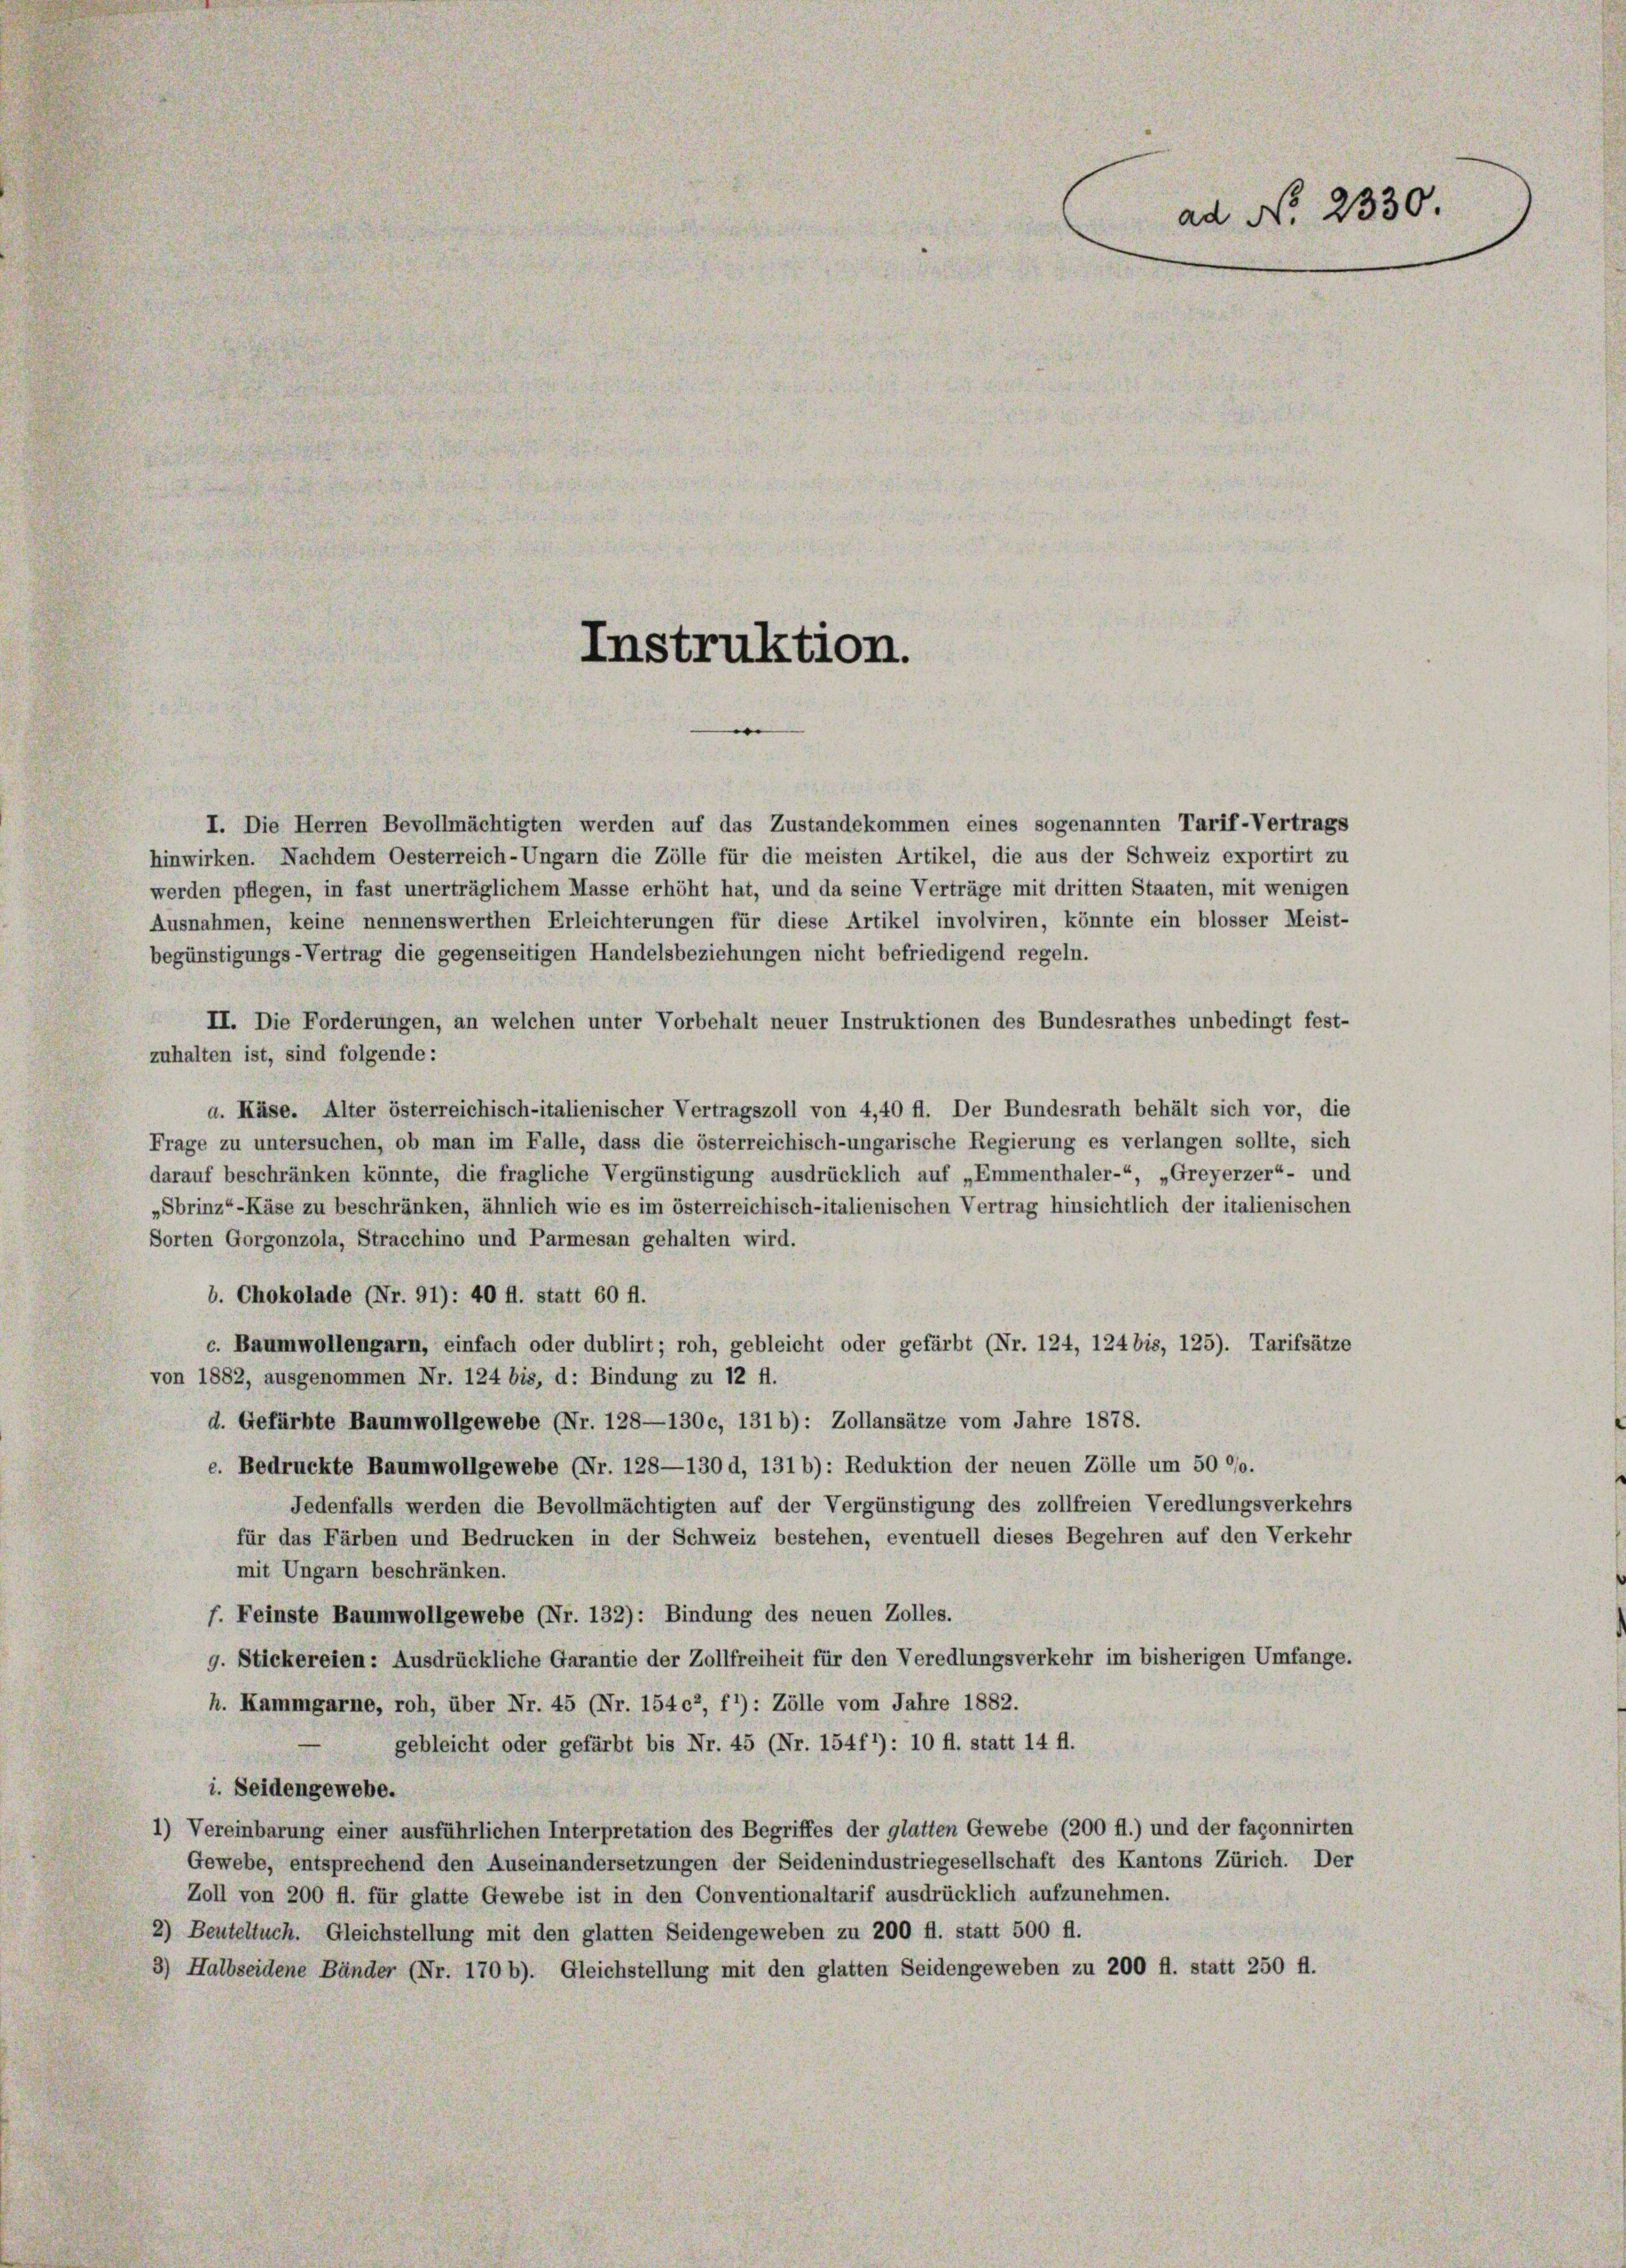
Instruktion.

I. Die Herren Bevollmächtigten werden auf das Zustandekommen eines sogenannten Tarif-Vertrags
hinwirken. Nachdem Oesterreich-Ungarn die Zölle für die meisten Artikel, die aus der Schweiz exportirt zu
werden pflegen, in fast unerträglichem Masse erhöht hat, und da seine Verträge mit dritten Staaten, mit wenigen
Ausnahmen, keine nennenswerthen Erleichterungen für diese Artikel involviren, könnte ein blosser Meist-
begünstigungs-Vertrag die gegenseitigen Handelsbeziehungen nicht befriedigend regeln.
II. Die Forderungen, an welchen unter Vorbehalt neuer Instruktionen des Bundesrathes unbedingt fest-
zuhalten ist, sind folgende:
a. Käse. Alter österreichisch-italienischer Vertragszoll von 4,40 fl. Der Bundesrath behält sich vor, die
Frage zu untersuchen, ob man im Falle, dass die österreichisch-ungarische Regierung es verlangen sollte, sich
darauf beschränken könnte, die fragliche Vergünstigung ausdrücklich auf „Emmenthaler-“, „Greyerzer“- und
„Sbrinz“-Käse zu beschränken, ähnlich wie es im österreichisch-italienischen Vertrag hinsichtlich der italienischen
Sorten Gorgonzola, Stracchino und Parmesan gehalten wird.
b. Chokolade (Nr. 91): 40 fl. statt 60 fl.
c. Baumwollengarn, einfach oder dublirt; roh, gebleicht oder gefärbt (Nr. 124, 124 bis, 125). Tarifsätze
von 1882, ausgenommen Nr. 124 bis, d. Bindung zu 12 ff.
d. Gefärbte Baumwollgewebe (Nr. 128—130c, 1316): Zollansätze vom Jahre 1878.
e. Bedruckte Baumwollgewebe (Nr. 128—130 d, 1316): Reduktion der neuen Zölle um 5000.
Jedenfalls werden die Bevollmächtigten auf der Vergünstigung des zollfreien Veredlungsverkehrs
für das Färben und Bedrucken in der Schweiz bestehen, eventuell dieses Begehren auf den Verkehr
mit Ungarn beschränken.
f. Feinste Baumwollgewebe (Nr. 132): Bindung des neuen Zolles.
g. Stickereien: Ausdrückliche Garantie der Zollfreiheit für den Veredlungsverkehr im bisherigen Umfange.
h. Kammgarne, roh, über Nr. 45 (Nr. 15402, f1): Zölle vom Jahre 1882.
gebleicht oder gefärbt bis Nr. 45 (Nr. 154f1): 10 fl. statt 14 ff.
i. Seidengewebe.
1) Vereinbarung einer ausführlichen Interpretation des Begriffes der glatten Gewebe (200 fl.) und der façonnirten
Gewebe, entsprechend den Auseinandersetzungen der Seidenindustriegesellschaft des Kantons Zürich. Der
Zoll von 200 fl. für glatte Gewebe ist in den Conventionaltarif ausdrücklich aufzunehmen.
2) Beuteltuch. Gleichstellung mit den glatten Seidengeweben zu 200 fl. statt 500 fl.
3) Halbseidene Bänder (Nr. 170 b). Gleichstellung mit den glatten Seidengeweben zu 200 fl. statt 250 ff.

ad No. 2330.